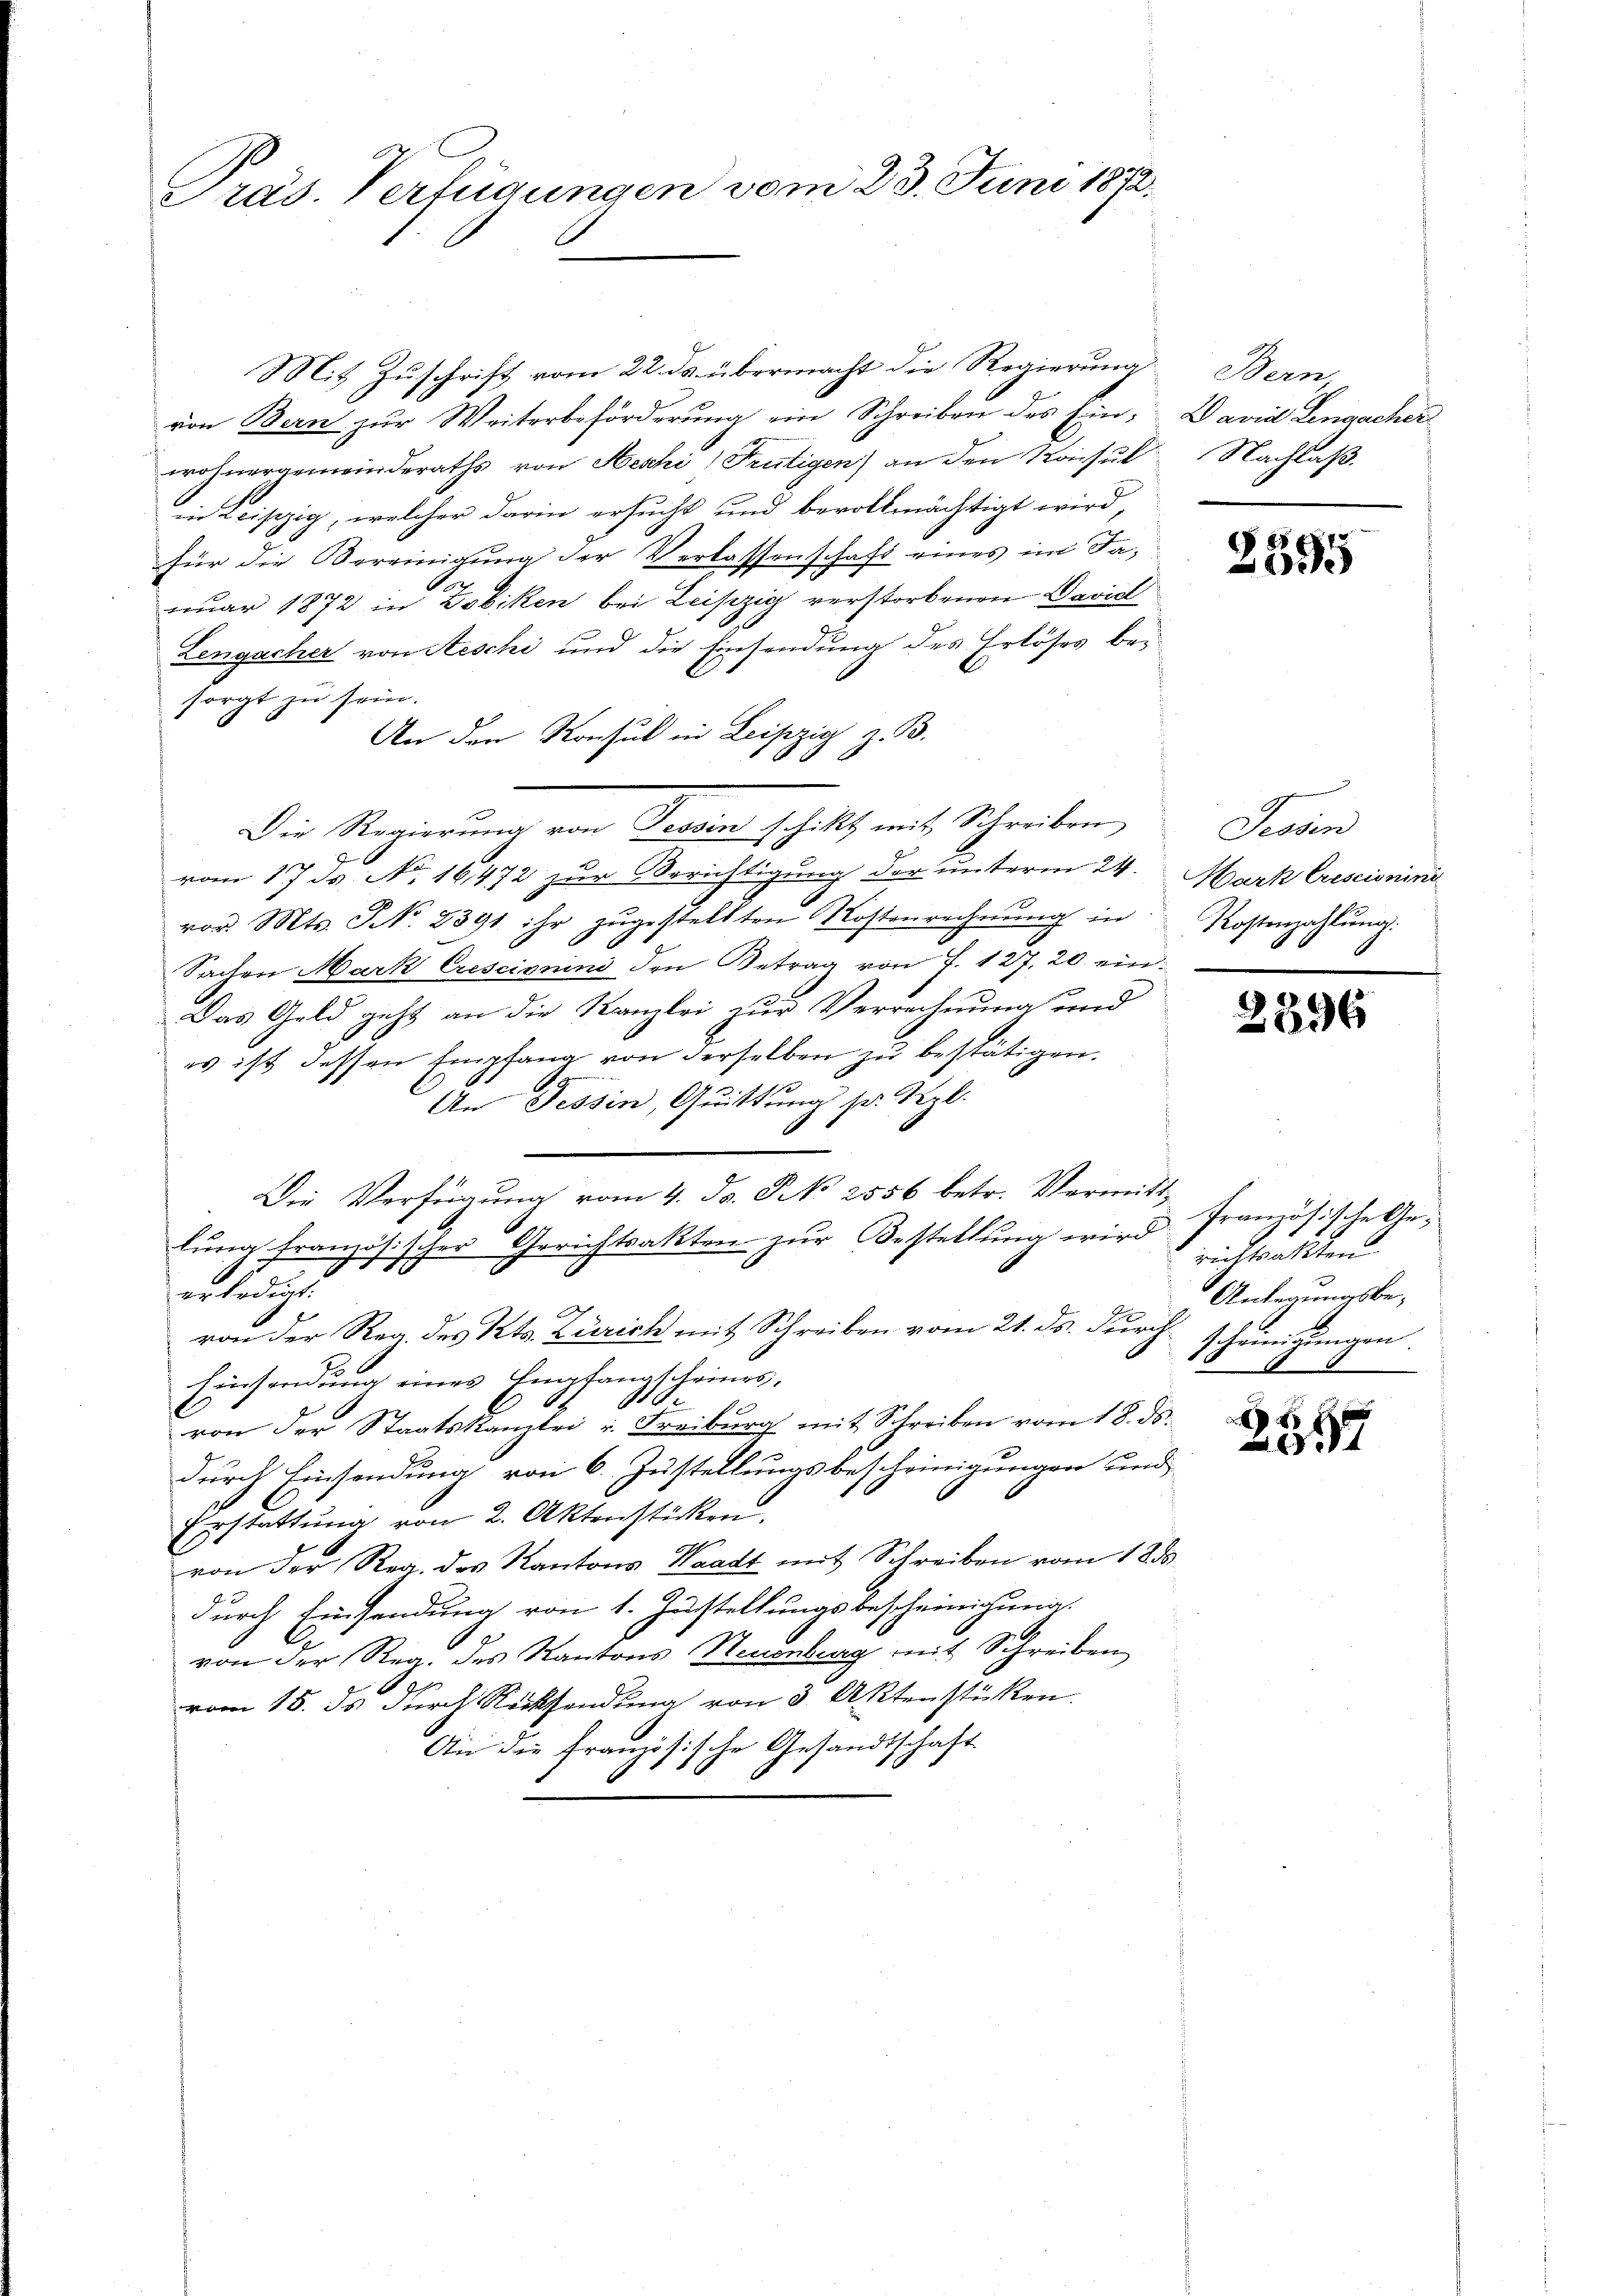
Präs. Verfügungen vom 23. Juni 1872.

Mit Zuschrift vom 22. ds. übermacht die Regierung
von Bern zur Weiterbeförderung ein Schreiben des Ein David Lengacher
wohnergemeinderaths von Heski, Frutigen) an den Konsul
in Leipzig, welcher darin ersucht und bevollmächtigt wird,
für die Vereinigung der Verlassenschaft eines im Fauar 1872 in Zobiken bei Leipzig verstorbenen Davidl
Lengacher von Aeschi und die Einsendung des Erlöses besorgt zu sein.
An den Konsul in Leipzig z. B.
Die Regierung von Jovan schift, mit Schreiben,
vom 17. ds. No. 16472 zur Berichtigung der unterm 24.
vor. Mts. S. 2391. ihr zugestellten Kostenrechnung in
Sachen Mark Crescinini den Betrag von J. 127. 20. ein¬
Das Geld geht an die Kanzlei zur Verrechnung und
es ist dessen Empfang von derselben zu bestätigen.
An Tessin, Quittung sr. Repl.
Die Verfügung vom 4. ds. N. 2556 betr. Vermitt
lŭng französischer Gerichtsakten zŭr Bestellŭng wird französische Ge-
1
erledigt.
von der Reg. des Kts. Zürich mit Schreiben vom 21. ds. durch scheinigungen.
Einsendung eines Empfangscheines,
A
2
von der Staatskanzlei u. Freiburg mit Schreiben vom 18. ds.
durch Einsendung von 6. Zustellungsbescheinigungen und
Erstattung von 2. Aktenstücken.
von der Reg. des Kantons Waadt mit Schreiben vom 18 d
durch Einsendung von 1. Zustellungsbescheinigung.
von der Reg. des Kantons Neuenburg mit Schreiben
vom 18. ds durch Rücksendung von 3 Aktenstücken.
An die französische Gesandtschaft

Bern
Nachlaß.

1581
e

Station
Mark (rescionini
Kostenzahlung.

2396

richtsakten
Anlegungsbe-

45 x
84